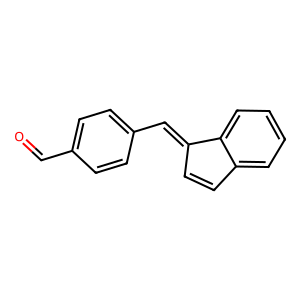
SMILES: O=Cc1ccc(C=C2C=Cc3ccccc32)cc1
Inhibits HIV replication: No